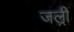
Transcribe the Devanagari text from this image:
जल्री